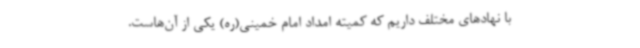
با نهادهای مختلف داریم که کمیته امداد امام خمینی(ره) یکی از آن‌هاست.